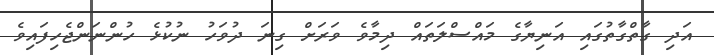
އަދި ގާތްގާތުގައި އަނިޔާގެ މައްސްލަތައް ދިމާވެ ވަރަށް ގިނަ ދުވަހު ނުކުޅެ ހުންނަންޖެހިފައިވެ